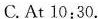
C. At 10:30.